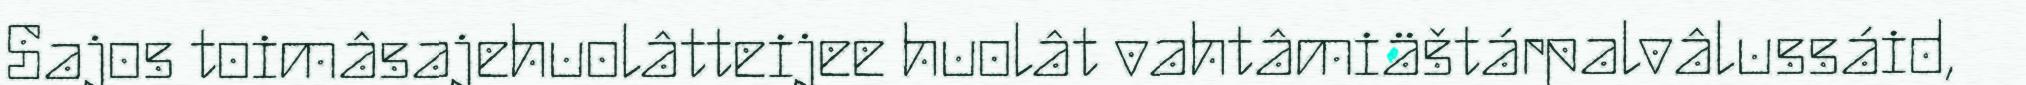
Sajos toimâsajehuolâtteijee huolât vahtâmiäštárpalvâlussáid,